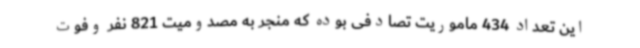
این تعداد 434 ماموریت تصادفی بوده که منجر به مصدومیت 821 نفر وفوت